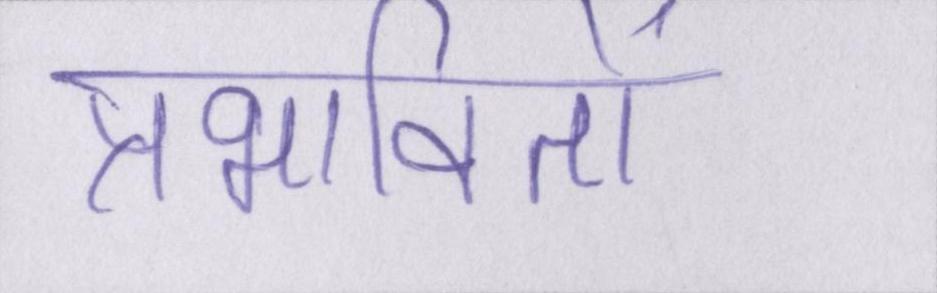
प्रभावितों